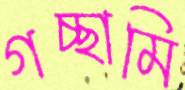
গচ্ছামি